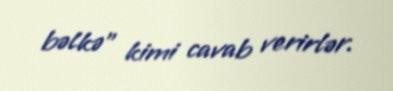
bəlkə” kimi cavab verirlər.